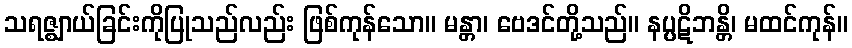
သရဇ္ဈာယ်ခြင်းကိုပြုသည်လည်း ဖြစ်ကုန်သော။ မန္တာ၊ ဗေဒင်တို့သည်။ နပ္ပဋိဘန္တိ၊ မထင်ကုန်။